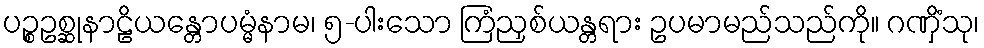
ပဉ္စဥစ္ဆုနာဠိယန္တောပမ္မံနာမ၊ ၅-ပါးသော ကြံညှစ်ယန္တရား ဥပမာမည်သည်ကို။ ဂဏှိံသု၊